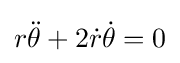
r{\ddot {\theta }}+2{\dot {r}}{\dot {\theta }}=0